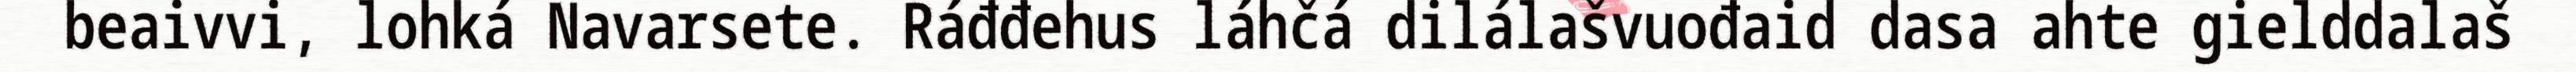
beaivvi, lohká Navarsete. Ráđđehus láhčá dilálašvuođaid dasa ahte gielddalaš